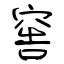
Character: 窖